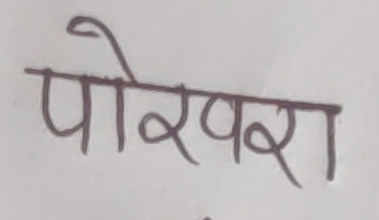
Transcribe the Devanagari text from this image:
पोखरा